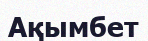
Ақымбет